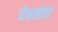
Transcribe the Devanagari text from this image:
वेधलेले